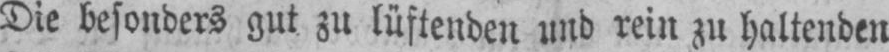
Die besonders gut zu lüftenden und rein zu haltenden